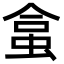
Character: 𧊧